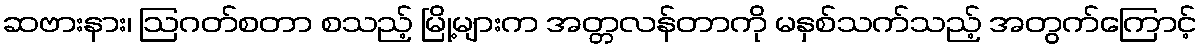
ဆဗားနား၊ ဩဂတ်စတာ စသည့် မြို့များက အတ္တလန်တာကို မနှစ်သက်သည့် အတွက်ကြောင့်